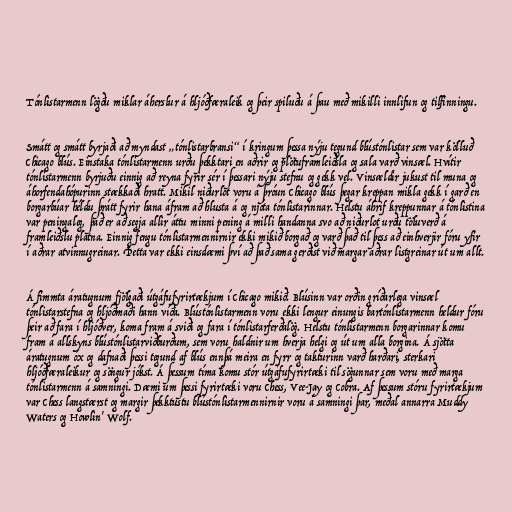
Tónlistarmenn lögðu miklar áherslur á hljóðfæraleik og þeir spiluðu á þau með mikilli innlifun og tilfinningu.

Smátt og smátt byrjaði að myndast „tónlistarbransi“ í kringum þessa nýju tegund blústónlistar sem var kölluð
Chicago blús. Einstaka tónlistarmenn urðu þekktari en aðrir og plötuframleiðsla og sala varð vinsæl. Hvítir
tónlistarmenn byrjuðu einnig að reyna fyrir sér í þessari nýju stefnu og gekk vel. Vinsældir jukust til muna og
áhorfendahópurinn stækkaði hratt. Mikil niðurlot voru á þróun Chicago blús þegar kreppan mikla gekk í garð en
borgarbúar héldu þrátt fyrir hana áfram að hlusta á og njóta tónlistarinnar. Helstu áhrif kreppunnar á tónlistina
var peningaleg, það er að segja allir áttu minni pening á milli handanna svo að niðurlot urðu töluverð á
framleiðslu platna. Einnig fengu tónlistarmennirnir ekki mikið borgað og varð það til þess að einhverjir fóru yfir
í aðrar atvinnugreinar. Þetta var ekki einsdæmi því að það sama gerðist við margar aðrar listgreinar út um allt.

Á fimmta áratugnum fjölgaði útgáfufyrirtækjum í Chicago mikið. Blúsinn var orðin gríðarlega vinsæl
tónlistarstefna og hljóðmaði hann víða. Blústónlistarmenn voru ekki lengur einungis bartónlistarmenn heldur fóru
þeir að fara í hljóðver, koma fram á sviði og fara í tónlistarferðalög. Helstu tónlistarmenn borgarinnar komu
fram á allskyns blústónlistarviðburðum, sem voru haldnir um hverja helgi og út um alla borgina. Á sjötta
áratugnum óx og dafnaði þessi tegund af blús ennþá meira en fyrr og takturinn varð harðari, sterkari
hljóðfæraleikur og söngur jókst. Á þessum tíma komu stór útgáfufyrirtæki til sögunnar sem voru með marga
tónlistarmenn á samningi. Dæmi um þessi fyrirtæki voru Chess, Vee-Jay og Cobra. Af þessum stóru fyrirtækjum
var Chess langstærst og margir þekktustu blústónlistarmennirnir voru á samningi þar, meðal annarra Muddy
Waters og Howlin' Wolf.